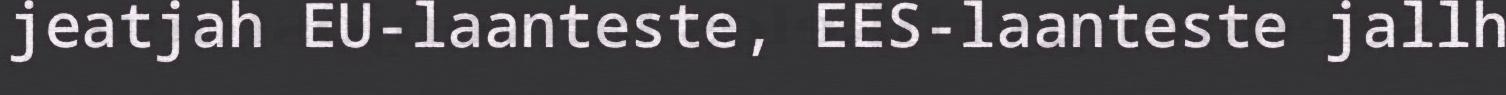
jeatjah EU-laanteste, EES-laanteste jallh